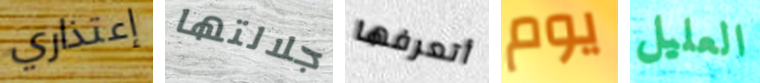
إعتذاري جلالتها أتعرفها يوم العليل